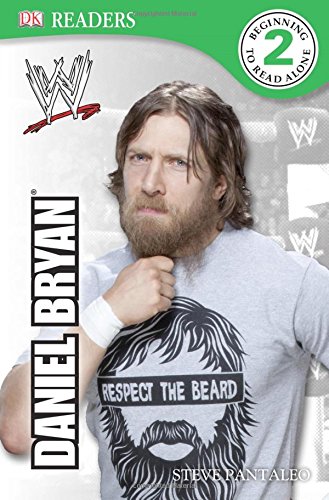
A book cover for DK Reader Level 2:  WWE Daniel Bryan (DK Readers: Level 2); Steve Pantaleo; Biographies & Memoirs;